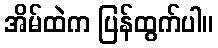
အိမ်ထဲက ပြန်ထွက်ပါ။